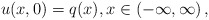
\begin{align*}u(x,0)=q(x),x\in\left( -\infty,\infty\right) , \end{align*}